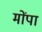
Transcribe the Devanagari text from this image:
मोंपा